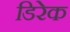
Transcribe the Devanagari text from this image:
डिरेक